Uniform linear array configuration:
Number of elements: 8
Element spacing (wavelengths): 0.75
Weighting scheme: kaiser
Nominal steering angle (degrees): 0
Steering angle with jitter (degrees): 1.69
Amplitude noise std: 0.05
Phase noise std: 0.05

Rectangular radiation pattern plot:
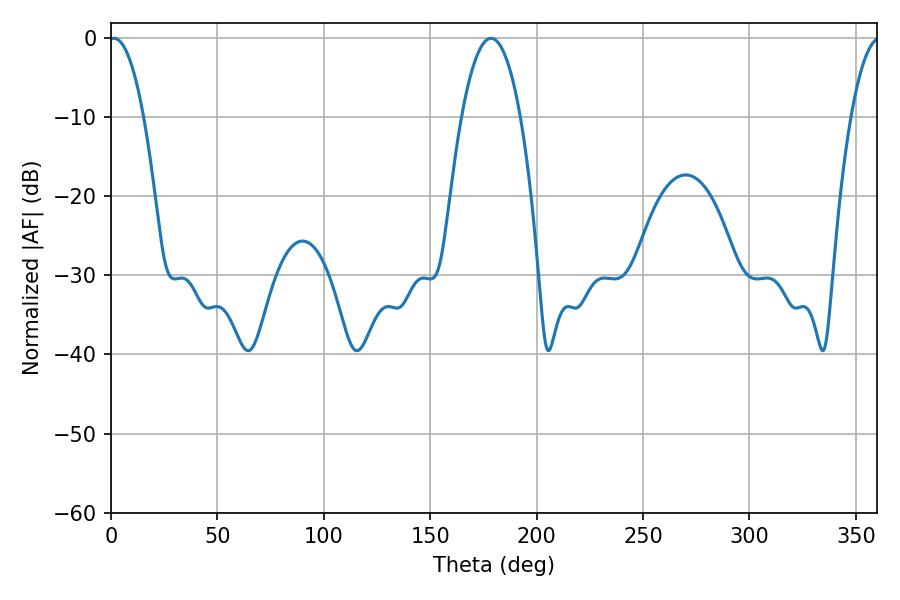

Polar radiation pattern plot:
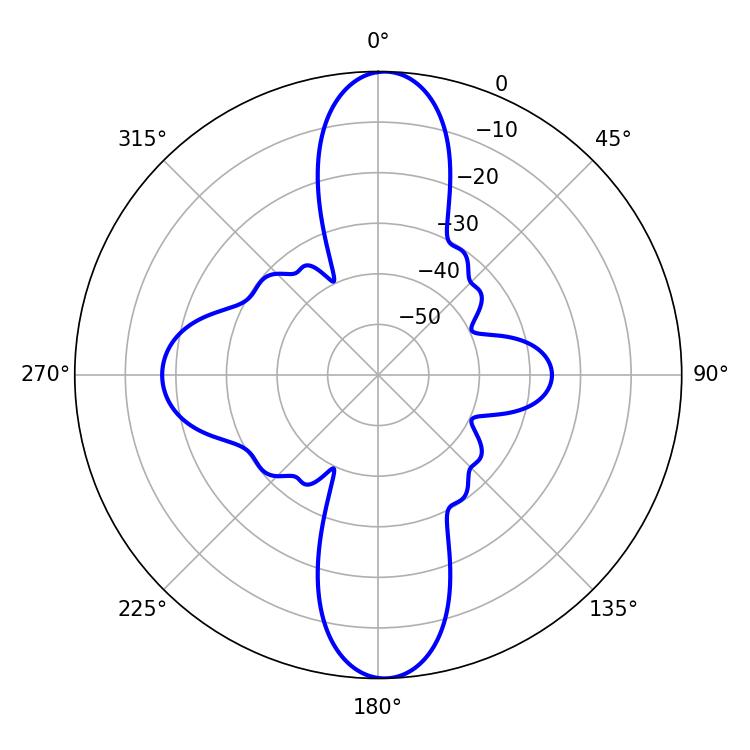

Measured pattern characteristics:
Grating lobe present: TRUE
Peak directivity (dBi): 24.619
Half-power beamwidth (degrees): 9
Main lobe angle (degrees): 1.44